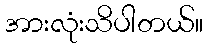
အားလုံးသိပါတယ်။